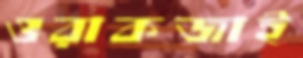
ওরাকজাই